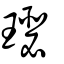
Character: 璱